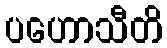
ပဟောသီတိ